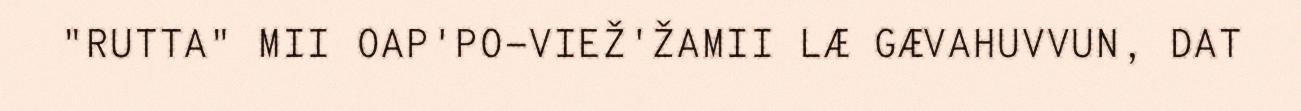
"RUTTA" MII OAP'PO-VIEŽ'ŽAMII LÆ GÆVAHUVVUN, DAT